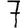
Digit: 7